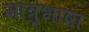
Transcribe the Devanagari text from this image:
मात्रुभाषा